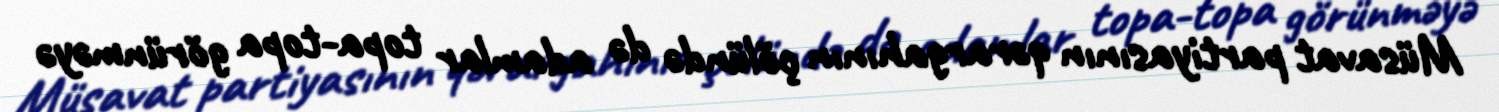
Müsavat partiyasının qərargahının çölündə də adamlar topa-topa görünməyə